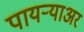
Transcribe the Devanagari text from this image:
पायर्‍याअर